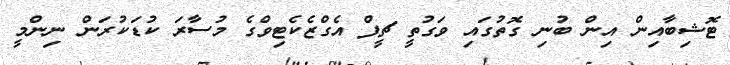
ޓޮޝިބާއިން އިން ބުނި ގޮތުގައި ވަގުތީ ޗީފް އެގްޒެކެޓިވްގެ މުސާރަ ކުޑަކުރަން ނިންމީ